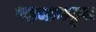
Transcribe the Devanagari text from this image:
पहचानकृत